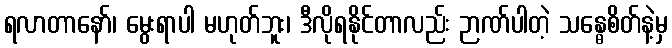
ရလာတာနော်၊ မွေးရာပါ မဟုတ်ဘူး၊ ဒီလိုရနိုင်တာလည်း ဉာဏ်ပါတဲ့ သန္ဓေစိတ်နဲ့မှ